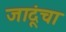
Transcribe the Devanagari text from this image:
जादूंचा